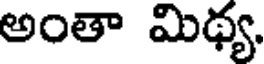
అంతా మిథ్య.